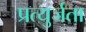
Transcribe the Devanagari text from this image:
प्रत्युर्जता